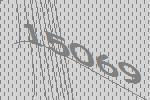
15069